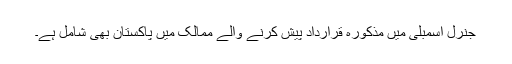
جنرل اسمبلی میں مذکورہ قرارداد پیش کرنے والے ممالک میں پاکستان بھی شامل ہے۔